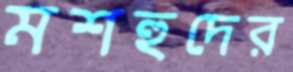
মশহুদের